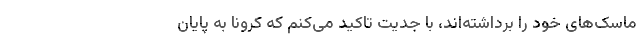
ماسک‌های خود را برداشته‌اند، با جدیت تاکید می‌کنم که کرونا به پایان